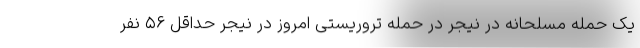
یک حمله مسلحانه در نیجر در حمله تروریستی امروز در نیجر حداقل ۵۶ نفر